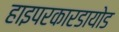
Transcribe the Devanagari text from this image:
हाइपरकारडायोड